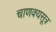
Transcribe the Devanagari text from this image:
चाणक्यसूत्र